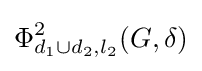
\Phi _{d_{1}\cup d_{2},l_{2}}^{2}(G,\delta )